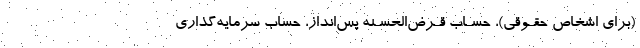
(برای اشخاص حقـوقی)، حسـاب قـرض‌الحسـنه پس‌انداز، حساب سرمایه‌گذاری